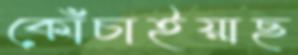
কোঁচাইয়াছ